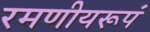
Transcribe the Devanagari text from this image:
रमणीयरूपं